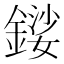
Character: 𨪍